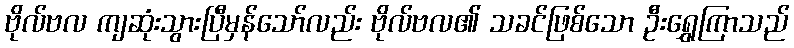
ဗိုလ်ဗလ ကျဆုံးသွားပြီမှန်သော်လည်း ဗိုလ်ဗလ၏ သခင်ဖြစ်သော ဦးရွှေကြာသည်